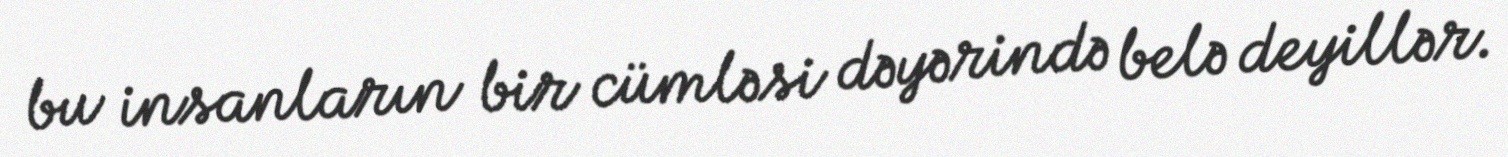
bu insanların bir cümləsi dəyərində belə deyillər.